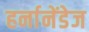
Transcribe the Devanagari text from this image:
हर्नानेंडेज